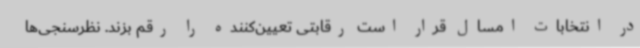
در انتخابات امسال قرار است رقابتی تعیین‌کننده را رقم بزند. نظرسنجی‌ها